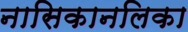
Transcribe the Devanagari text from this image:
नासिकानलिका